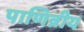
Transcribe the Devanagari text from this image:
पाणिन्नीय